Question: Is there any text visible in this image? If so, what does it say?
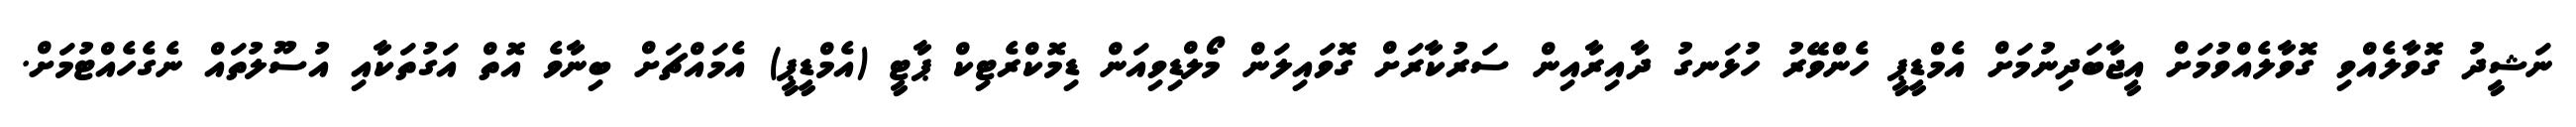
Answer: ނަޝީދު ގޮވާލެއްވި ގޮވާލެއްވުމަށް އީޖާބަދިނުމަށް އެމްޑީޕީ ހެންވޭރު ހުޅަނގު ދާއިރާއިން ސަރުކާރަށް ގޮވައިލަން މޯލްޑިވިއަން ޑިމޮކްރެޓިކް ޕާޓީ (އެމްޑީޕީ) އެމައްޗަށް ބިނާވެ އޮތް އަގުތަކާއި އުސޫލުތައް ނެގެހެއްޓުމަށް.